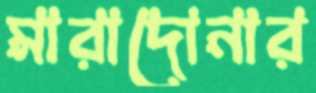
মারাদোনার